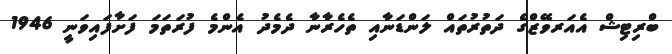
ބްރިޓިޝް އެއަރވޭޒްގެ ދަތުރުތައް ލަންޑަނާއި ތެހެރާނާ ދެމެދު އެންމެ ފުރަތަމަ ފަށާފައިވަނީ 1946